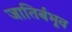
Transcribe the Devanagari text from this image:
जातिर्बभूव